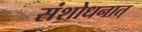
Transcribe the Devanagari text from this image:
संशोधनात्